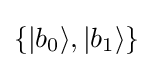
\{|b_{0}\rangle ,|b_{1}\rangle \}